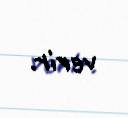
verir.